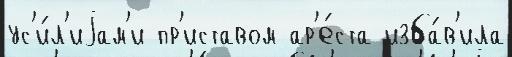
ус'и́л'иjам'и пр'иставом ар'е́ста изба́в'ила